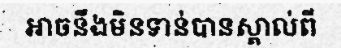
អាចនឹងមិនទាន់បានស្គាល់ពី